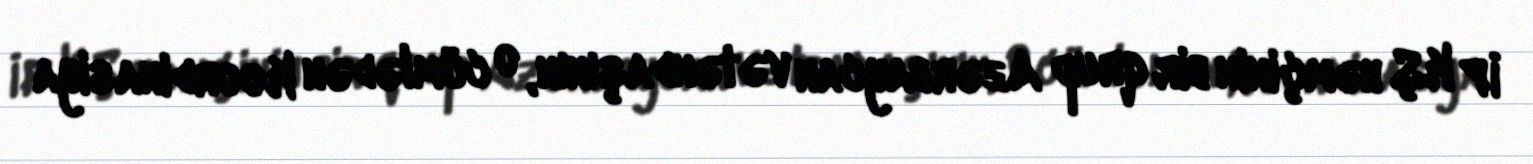
İP KŞ həmçinin bir qrup Azərbaycan vətəndaşının, o cümlədən Koordinasiya